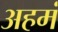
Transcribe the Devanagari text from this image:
अहमं